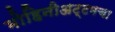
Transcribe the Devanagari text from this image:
मोहिनीअट्टमचा